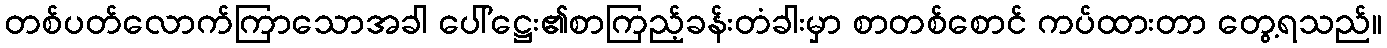
တစ်ပတ်လောက်ကြာသောအခါ ပေါ်ဋ္ဌေး၏စာကြည့်ခန်းတံခါးမှာ စာတစ်စောင် ကပ်ထားတာ တွေ့ရသည်။